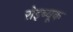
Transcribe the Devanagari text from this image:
रोइब्यूक